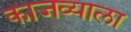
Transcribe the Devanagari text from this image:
काजव्याला